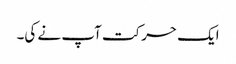
ایک حرکت آپ نے کی۔